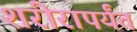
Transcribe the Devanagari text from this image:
शरीरापर्यंत